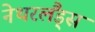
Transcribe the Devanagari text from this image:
नेथरलैंड्स